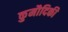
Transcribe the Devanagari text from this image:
कुमौदिकी